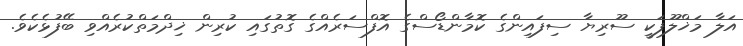
އަލާ މަޚްލޫފަކީ ސޫރިޔާ ސިފައިންގެ ކޮމާންޑޯސްގެ އޮފްސަރެއްގެ ގޮތުގައި ކުރިން ޚިދްމަތްކުރެއްވި ބޭފުޅެކެވެ.